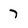
Character: 7